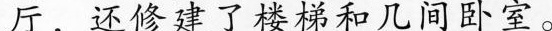
厅，还修建了楼梯和几间卧室。